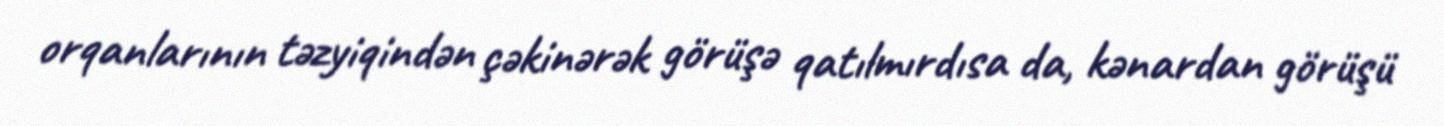
orqanlarının təzyiqindən çəkinərək görüşə qatılmırdısa da, kənardan görüşü